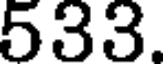
533.